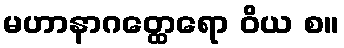
မဟာနာဂတ္ထေရော ဝိယ စ။